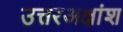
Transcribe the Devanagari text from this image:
उत्तरअक्षांश